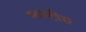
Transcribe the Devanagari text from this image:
माल्टीस